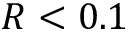
R < 0 . 1